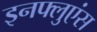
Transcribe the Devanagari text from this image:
इनफ्लुएंस